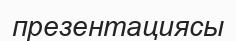
презентациясы